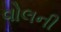
વોલની